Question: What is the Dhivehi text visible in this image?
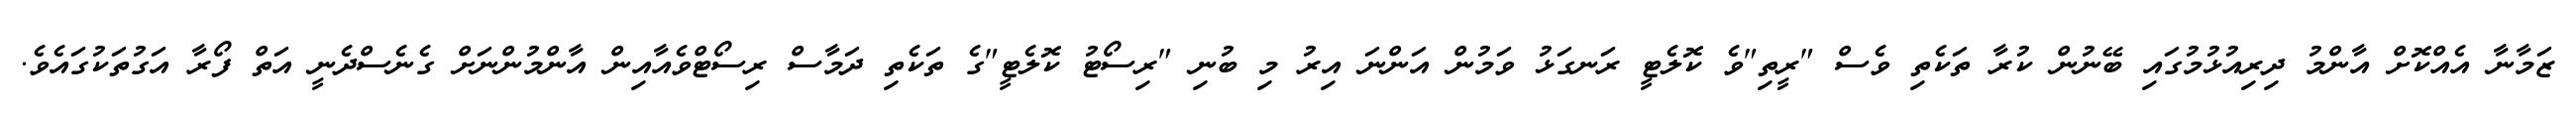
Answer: ޒަމާނާ އެއްކޮށް އާންމު ދިރިއުޅުމުގައި ބޭނުން ކުރާ ތަކެތި ވެސް "ރީތި"ވެ ކޮލެޓީ ރަނގަޅު ވަމުން އަންނަ އިރު މި ބުނި "ރިސޯޓު ކޮލެޓީ"ގެ ތަކެތި ދަމާސް ރިސޯޓްވެއާއިން އާންމުންނަށް ގެނެސްދެނީ އަތް ފޯރާ އަގުތަކުގައެވެ.